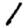
Digit: 1